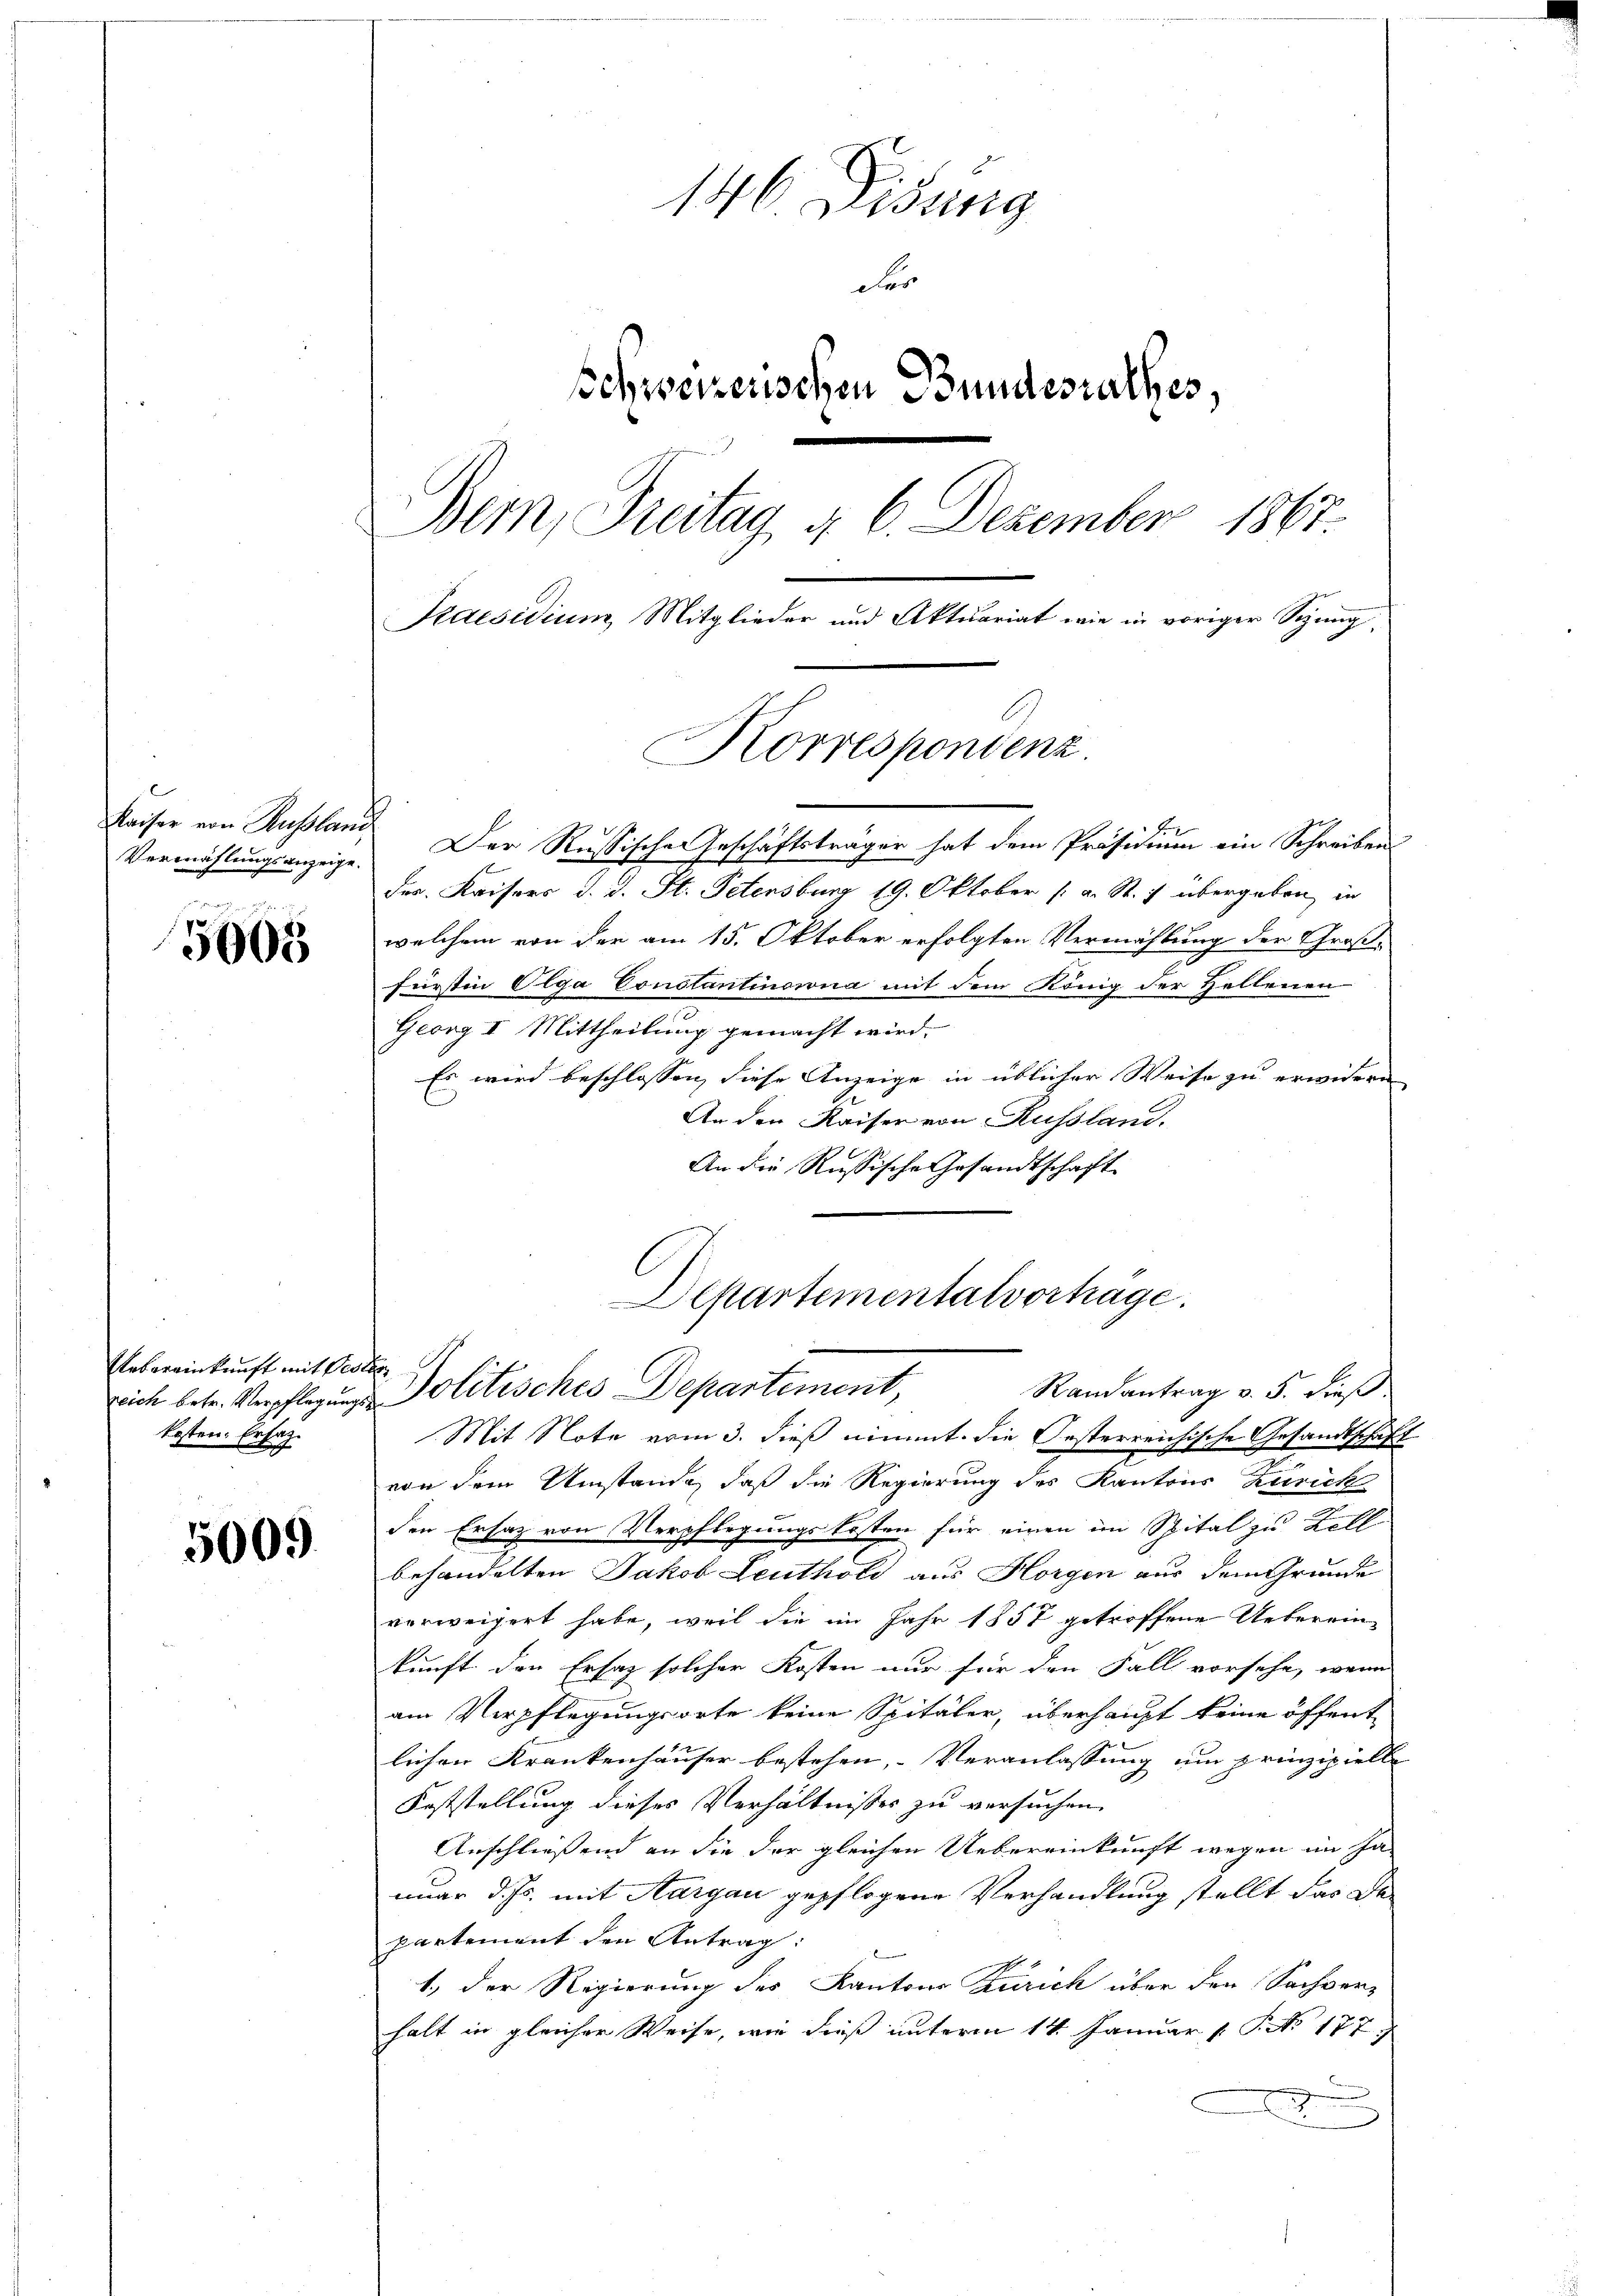
Vermählungsanzeige.

5005

Uebereinkunft mit Pestan
kosten. Ersat

5009

146 Disung
der
schweizerischen Bundesrathes,
Bern, Treitag u. 6. Dezember 1867.
Seaesidium, Mitglieder und Aktuariat wir in voriger Spring¬

Kaiser von Russland. Der Russischer Geschäftsträger hat dem Präsidium ein Schreiben
Des Kaisers d. d. St. Petersburg 19. Oktober a. S. 7 übergeben in
welchem von der am 15. Oktober erfolgten Vermählung der Großfürstin Olga Constantinorna mit dem König der Hellenen
Georg II Mittheilung gemacht wird.
Es wird beschlossen, diese Anzeige in üblicher Weise zu erwidern
An den Kaiser von Russland.
An die Russische Gesandtschaft
reich betr. Verpflegungs- Politisches Departement,
Mit Note vom 3. dieß nimmt. Die Oesterreichische Gesandtschaft
u
von dem Umstände, daß die Regierung des Kantons Zurick
den Ersatz von Verpflegungskosten für einen im Spital zu Kell
behandelten Jakob Leuthold aus Horgen aus dem Grunde
verweigert habe, weil die im Jahr 1857 getroffene Ueberein-
kunft den Ersaz solcher Kosten nur für den Fall vorsehe, wenn
am Verpflegungsorte keine Spitäler, überhaupt keine öffent-
lichen Krankenhäuser bestehen, Veranlassung um prinzipielle
Feststellung dieses Verhältnisses zu versuchen.
Anschließend an die der gleichen Uebereinkunft wegen im Ja-
nuar d. Js. mit Aargau gepflogene Verhandlung stellt das Departement den Antrag:
1.) Der Regierung des Kantons Zürich über den Sachver-
halt in gleicher Weise, wie dieß unterm 14. Januar [ P. No 177

Korrespondenz.

Departementalverhäge.
Randantrag v. 5. dieß.